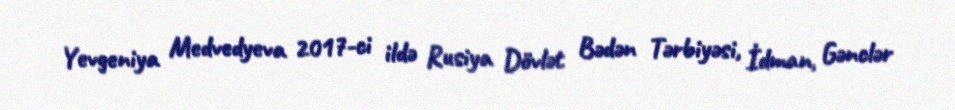
Yevgeniya Medvedyeva 2017-ci ildə Rusiya Dövlət Bədən Tərbiyəsi, İdman, Gənclər